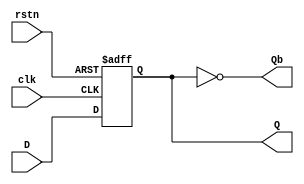
`timescale 1ns/1ps
module dff(
			input wire D,		// input D
			input wire clk,		// input clk
			input wire rstn,	// reset (active low)
			output reg Q,		// output
			output wire Qb		// complementary output
		);

	assign Qb = ~Q;	
		
	always @(posedge clk, negedge rstn) begin
		if(!rstn) begin
			Q = 0;
		end
		else begin
			Q = D;
		end		
	end
endmodule